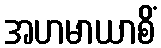
အဟမာယာစိံ